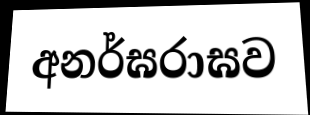
අනර්ඝරාඝව